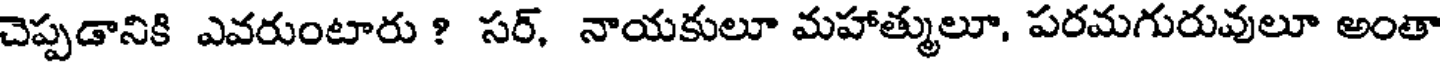
చెప్పడానికి ఎవరుంటారు ? సర్, నాయకులూ మహాత్ములూ, పరమగురువులూ అంతా